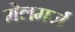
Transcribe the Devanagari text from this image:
मेलमर्ज